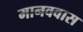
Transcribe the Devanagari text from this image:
मानववास